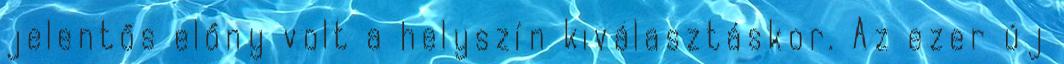
jelentős előny volt a helyszín kiválasztáskor. Az ezer új